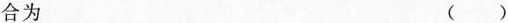
合为 ()